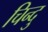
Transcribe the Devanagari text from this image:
चिन्दु